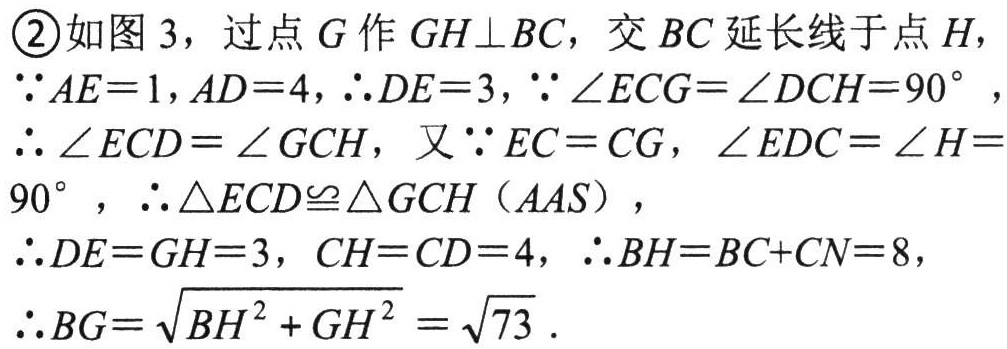
\textcircled{2}如图 3，过点 \(G\) 作 \(GH\perp BC\)，交 \(BC\) 延长线于点 \(H\)，
\(\because AE = 1,AD = 4,\therefore DE = 3,\because\angle ECG=\angle DCH = 90^{\circ}\)，
\(\therefore\angle ECD=\angle GCH\)，又\(\because EC = CG\)，\(\angle EDC=\angle H = 90^{\circ}\)，\(\therefore\triangle ECD\cong\triangle GCH\ (AAS)\)，
\(\therefore DE = GH = 3\)，\(CH = CD = 4\)，\(\therefore BH=BC + CN = 8\)，
\(\therefore BG=\sqrt{BH^{2}+GH^{2}}=\sqrt{73}\)．